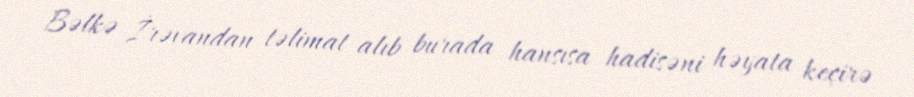
Bəlkə İrəvandan təlimat alıb burada hansısa hadisəni həyata keçirə